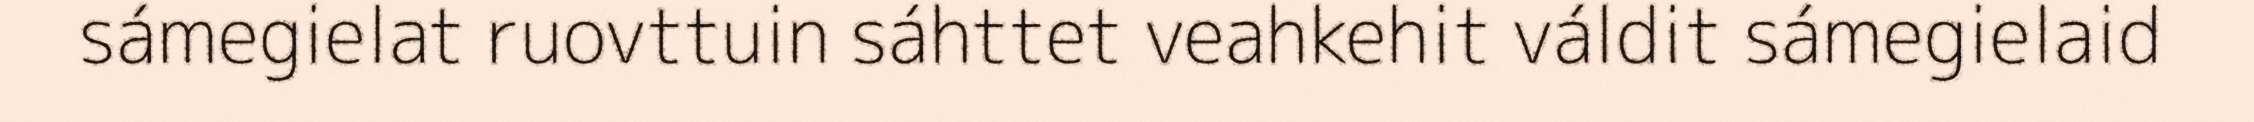
sámegielat ruovttuin sáhttet veahkehit váldit sámegielaid